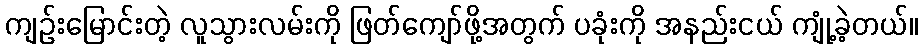
ကျဉ်းမြောင်းတဲ့ လူသွားလမ်းကို ဖြတ်ကျော်ဖို့အတွက် ပခုံးကို အနည်းငယ် ကျုံ့ခဲ့တယ်။